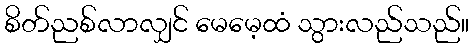
စိတ်ညစ်လာလျှင် မေမေ့ထံ သွားလည်သည်။